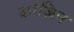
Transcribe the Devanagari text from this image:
कोज़िन